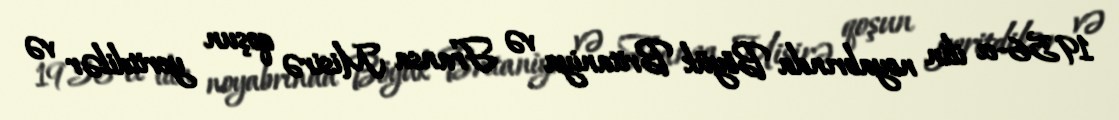
1956-cı ilin noyabrında Böyük Britaniya və Fransa Misirə qoşun yeritdilər və